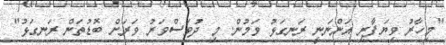
"މިހާރު ވިޔަފާރި އަންނަނީ ރަނގަޅު ވަމުން. މި ދުވަސްވަރު ވަރަށް ބޮޑުތަން ރަނގަޅު"